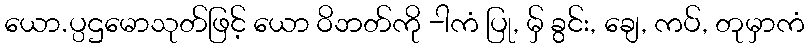
ယော.ပ္ပဌမောသုတ်ဖြင့် ယော ဝိဘတ်ကို -ါကံ ပြု, မ်ှ ခွင်း, ချေ, ကပ်, တုမှာကံ